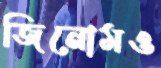
জিনোমও